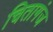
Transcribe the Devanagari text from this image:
चितागंज